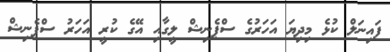
ފައިނަލް ކުޅެ މިދިޔަ އަހަރުގެ ސްޕެނިޝް ލީގާއި އޭގެ ކުރީ އަހަރު ސްޕެނިޝް